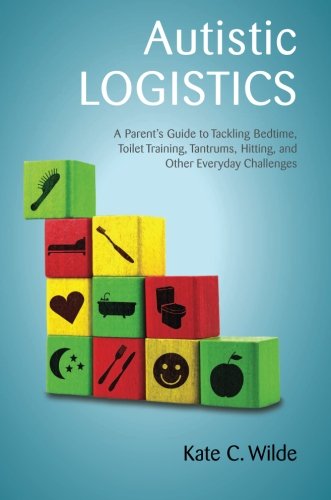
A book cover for Autistic Logistics: A Parent's Guide to Tackling Bedtime, Toilet Training, Tantrums, Hitting, and Other Everyday Challenges; Kate Wilde; Parenting & Relationships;